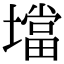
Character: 壋